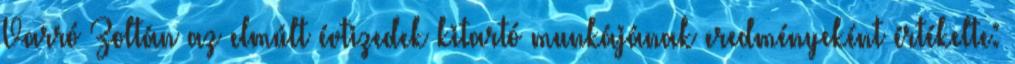
Varró Zoltán az elmúlt évtizedek kitartó munkájának eredményeként értékelte: